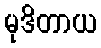
မုဒိတာယ